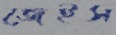
জেইস